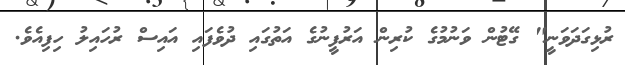
ރުޅިގަދަވަނީ" ގޭޓުން ވަނުމުގެ ކުރިން އަރުފީނުގެ އަތުގައި ދުވެފައި އައިސް ރުހައިލު ހިފިއެވެ.